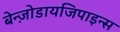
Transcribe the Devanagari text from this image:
बेन्ज़ोडायजिपाइन्स